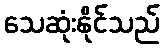
သေဆုံးနိုင်သည်